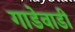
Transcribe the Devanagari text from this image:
गाडेवाडी